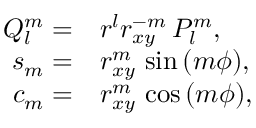
\begin{array} { r l } { Q _ { l } ^ { m } = } & { { } r ^ { l } r _ { x y } ^ { - m } \, P _ { l } ^ { m } , } \\ { s _ { m } = } & { { } r _ { x y } ^ { m } \, \sin { ( m \phi ) } , } \\ { c _ { m } = } & { { } r _ { x y } ^ { m } \, \cos { ( m \phi ) } , } \end{array}